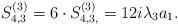
LaTeX: \begin{align*}S^{(3)}_{4,3} &= 6 \cdot S^{(3)}_{4,3,} = 12i\lambda_3 a_1.\end{align*}